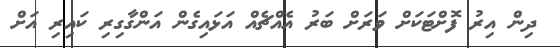
ދިން އިރު ފޮށްޓަކަށް ވަރަށް ބަރު އެއްޗެއް އަޅައިގެން އަންގާގިރި ކައިރި އަށް